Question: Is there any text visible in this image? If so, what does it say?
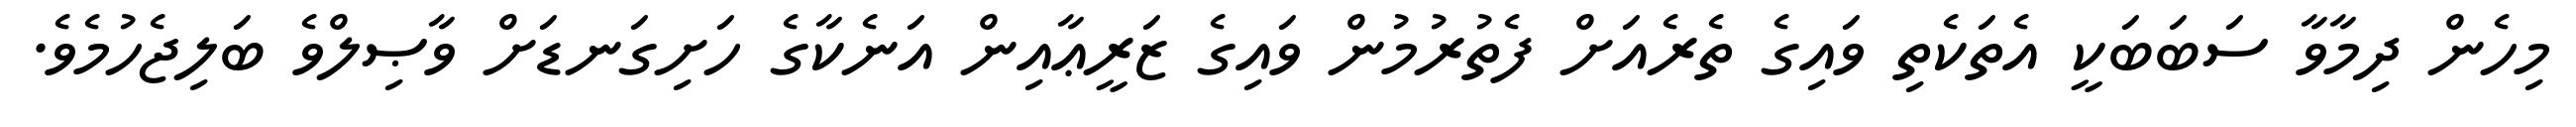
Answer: މިހެން ދިމާވާ ސަބަބަކީ އެތަކެތި ވައިގެ ތެރެއަށް ފެތުރުމުން ވައިގެ ޒަރީޢާއިން އަނެކާގެ ހަށިގަނޑަށް ވާޞިލްވެ ބަލިޖެހުމެވެ.